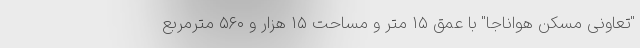
"تعاونی مسکن هواناجا" با عمق ۱۵ متر و مساحت ۱۵ هزار و ۵۶۰ مترمربع